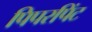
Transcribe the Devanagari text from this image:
पिपरपिंट